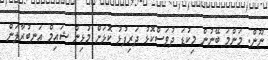
ނޫން. މަންމަ ބޭނުން މިކުޑަ ދުވަސްކޮޅު ދަރިފުޅު ކޮޅަށް މުޅިން ޝައިމް އަނބުރާލަން